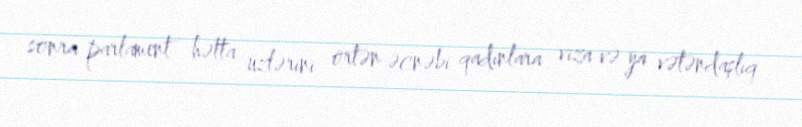
sonra parlament hətta üzlərini örtən əcnəbi qadınlara viza və ya vətəndaşlıq